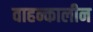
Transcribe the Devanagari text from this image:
वाहन्कालीन